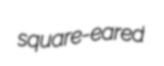
square-eared